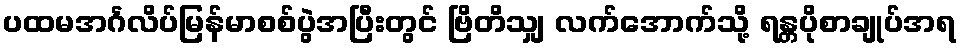
ပထမအင်္ဂလိပ်မြန်မာစစ်ပွဲအပြီးတွင် ဗြိတိသျှ လက်အောက်သို့ ရန္တပိုစာချုပ်အရ